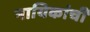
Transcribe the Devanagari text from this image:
नायिकांची